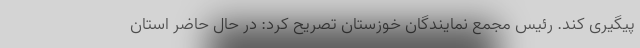
پیگیری کند. رئیس مجمع نمایندگان خوزستان تصریح کرد: در حال حاضر استان